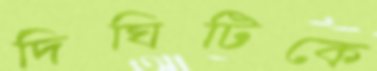
দিঘিটিকে